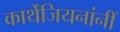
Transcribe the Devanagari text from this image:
कार्थेजियनांनीं